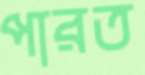
পারত